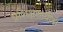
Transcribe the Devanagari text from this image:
प्रशिक्षणाथींची